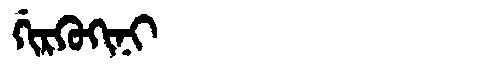
Manchu: ᡤᡳᡵᡴᡠᡴᡳᠨᡳ
Romanization: GIRKUKINI